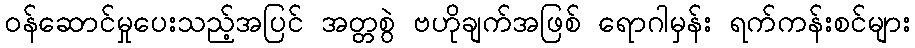
ဝန်ဆောင်မှုပေးသည့်အပြင် အတ္တစွဲ ဗဟိုချက်အဖြစ် ရောဂါမှန်း ရက်ကန်းစင်များ